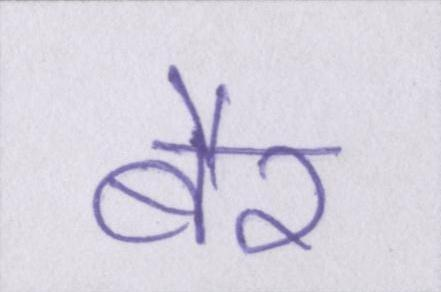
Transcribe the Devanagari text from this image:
बैर